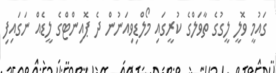
ގައުމީ ވޮލީ ލީގުގެ ތާވަލްގެ ކުރީގައި މޯލްޑިވިއަނުން ދެ ޕޮއިންޓްގެ ލީޑެއް ނަގައިފި